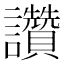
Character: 讚